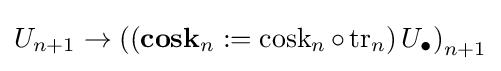
U_{n+1}\to \left(\left(\operatorname {\mathbf {cosk} } _{n}:=\operatorname {cosk} _{n}\circ \operatorname {tr} _{n}\right)U_{\bullet }\right)_{n+1}